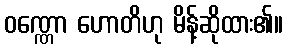
ဝဏ္ဏော ဟောတိဟု မိန့်ဆိုထား၏။